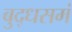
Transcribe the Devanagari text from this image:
बुद्धसमं